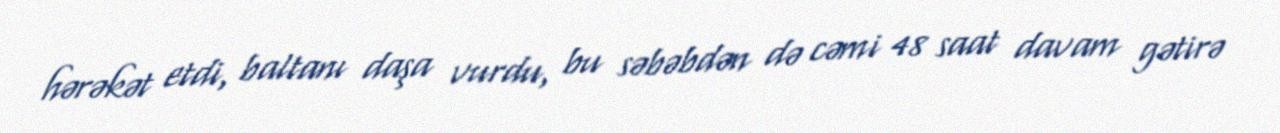
hərəkət etdi, baltanı daşa vurdu, bu səbəbdən də cəmi 48 saat davam gətirə